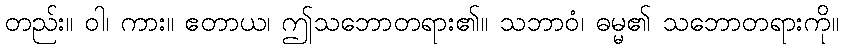
တည်း။ ဝါ၊ ကား။ ဧတာယ၊ ဤသဘောတရား၏။ သဘာဝံ၊ ဓမ္မ၏ သဘောတရားကို။